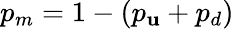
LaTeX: p_{m}=1-(p_{\mathbf{u}}+p_{d})